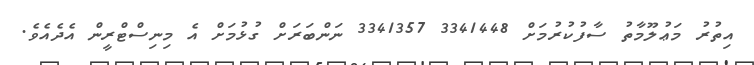
އިތުރު މަޢުލޫމާތު ސާފުކުރުމަށް 3341448 3341357 ނަންބަރަށް ގުޅުމަށް އެ މިނިސްޓްރީން އެދެއެވެ.